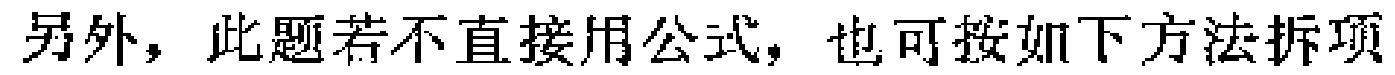
另外，此题若不直接用公式，也可按如下方法拆项